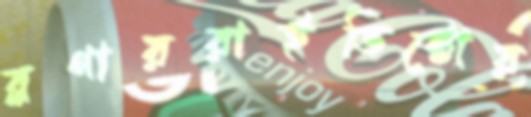
ব্লগাররাইভিক্টোর